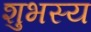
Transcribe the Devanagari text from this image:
शुभस्य